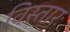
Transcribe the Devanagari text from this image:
विस्तारः